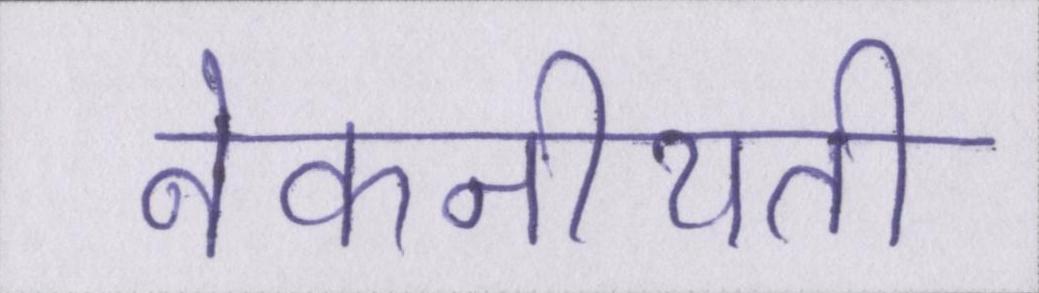
नेकनीयती